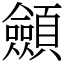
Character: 顩